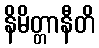
နိမိတ္တာနီတိ